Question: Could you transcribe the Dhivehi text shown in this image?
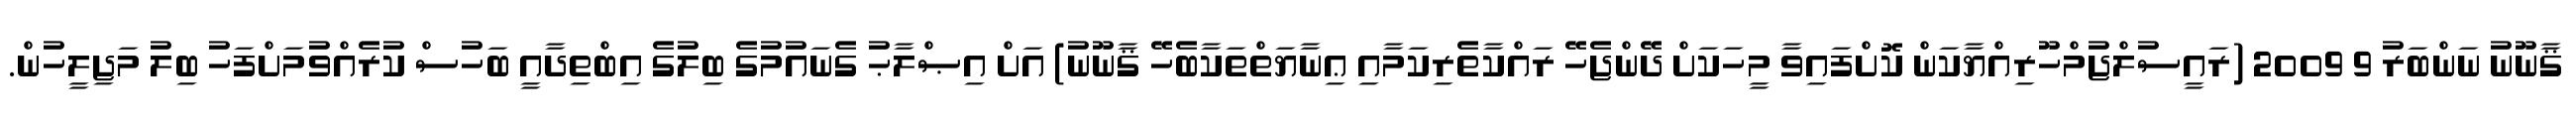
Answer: ޤާނޫނު ނަންބަރު 9 2009 (ރައީސުލްޖުމްހޫރިއްޔާކަން ކޮށްފައިވާ މީހަކަށް ދޭންޖެހޭ ރައްކާތެރިކަމާއި ޢިނާޔަތްތަކާބެހޭ ޤާނޫނު) އަށް އިޞްލާޙު ގެނައުމުގެ ބިލުގެ އިބްތިދާއީ ބަހުސް ކުރެއްވުމަށްފަހު ބިލު މަޖިލީހުން.